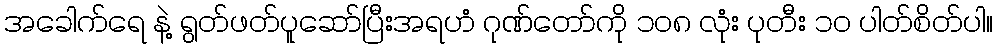
အခေါက်ရေ နဲ့ ရွတ်ဖတ်ပူဆော်ပြီးအရဟံ ဂုဏ်တော်ကို ၁၀၈ လုံး ပုတီး ၁၀ ပါတ်စိတ်ပါ။